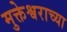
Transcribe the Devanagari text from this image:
मुक्तेश्वराच्या